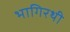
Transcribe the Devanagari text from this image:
भागिरथी